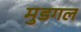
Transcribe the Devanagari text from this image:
मुडगल